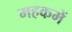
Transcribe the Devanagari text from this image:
महकमें